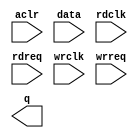
module FIFO_IN_ADDR (
	aclr,
	data,
	rdclk,
	rdreq,
	wrclk,
	wrreq,
	q);

	input	  aclr;
	input	[19:0]  data;
	input	  rdclk;
	input	  rdreq;
	input	  wrclk;
	input	  wrreq;
	output	[19:0]  q;
`ifndef ALTERA_RESERVED_QIS
// synopsys translate_off
`endif
	tri0	  aclr;
`ifndef ALTERA_RESERVED_QIS
// synopsys translate_on
`endif

endmodule